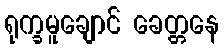
ရုက္ခမူချောင် ခေတ္တနေ